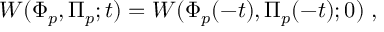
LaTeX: W ( \Phi _ { p } , \Pi _ { p } ; t ) = W ( \Phi _ { p } ( - t ) , \Pi _ { p } ( - t ) ; 0 ) \; ,